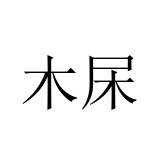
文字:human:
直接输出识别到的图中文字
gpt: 木杘